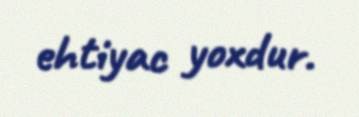
ehtiyac yoxdur.